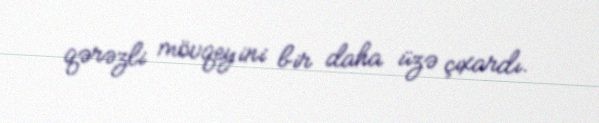
qərəzli mövqeyini bir daha üzə çıxardı.